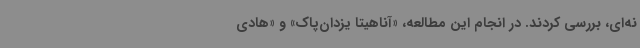
نه‌ای، بررسی کردند. در انجام این مطالعه، «آناهیتا یزدان‌پاک» و «هادی